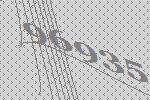
96935